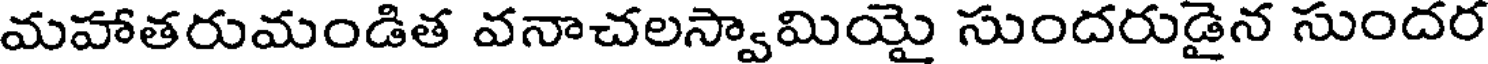
మహాతరుమండిత వనాచలస్వామియై సుందరుడైన సుందర